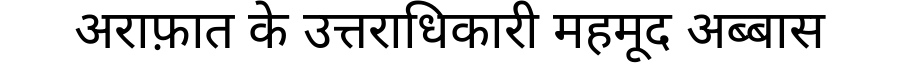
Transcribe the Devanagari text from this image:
अराफ़ात के उत्तराधिकारी महमूद अब्बास